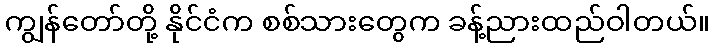
ကျွန်တော်တို့ နိုင်ငံက စစ်သားတွေက ခန့်ညားထည်ဝါတယ်။